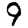
Digit: 9